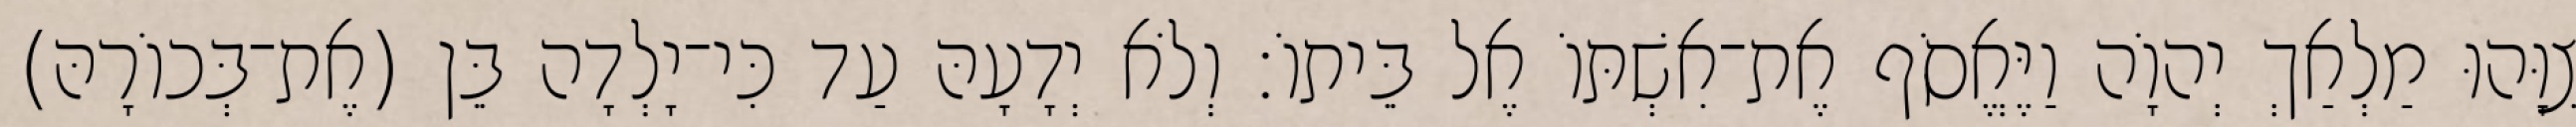
צִוָּהוּ מַלְאַךְ יְהוָֹה וַיֶּאֱסֹף אֶת־אִשְׁתּוֹ אֶל בֵּיתוֹ׃ וְלֹא יְדָעָהּ עַד כִּי־יָלְדָה בֵּן (אֶת־בְּכוֹרָהּ)